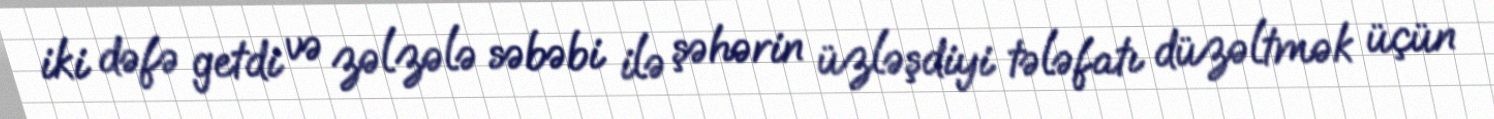
iki dəfə getdi və zəlzələ səbəbi ilə şəhərin üzləşdiyi tələfatı düzəltmək üçün